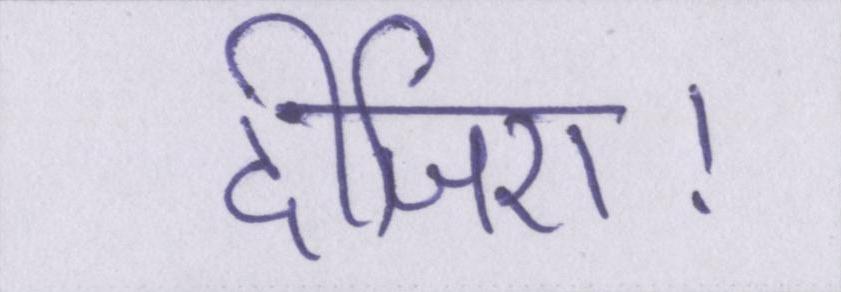
दीजिए।